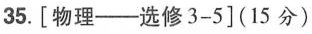
35.[物理——选修3-5](15分)